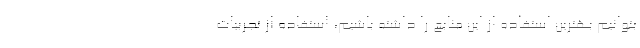
بتوانیم بهترین استفاده از این منابع را داشته باشیم، استفاده از تجربیات